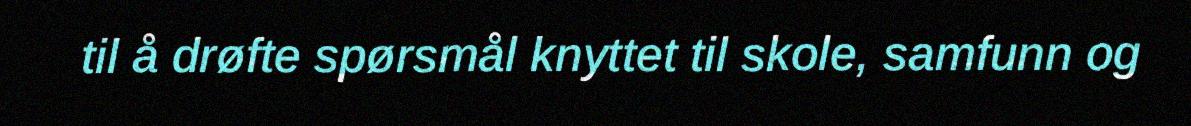
til å drøfte spørsmål knyttet til skole, samfunn og